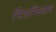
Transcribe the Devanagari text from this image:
मित्रमिलाप